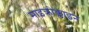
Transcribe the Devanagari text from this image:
माइक्रोक्लाइन